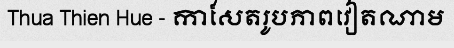
Thua Thien Hue - កាសែតរូបភាពវៀតណាម